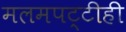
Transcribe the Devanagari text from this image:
मलमपट्टीही